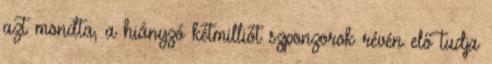
azt mondta, a hiányzó kétmilliót szponzorok révén elő tudja